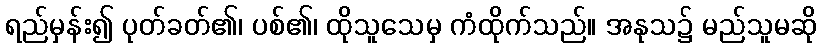
ရည်မှန်း၍ ပုတ်ခတ်၏၊ ပစ်၏၊ ထိုသူသေမှ ကံထိုက်သည်။ အနုသ၌ မည်သူမဆို